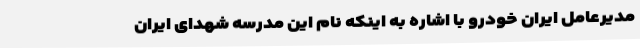
مدیرعامل ایران خودرو با اشاره به اینکه نام این مدرسه شهدای ایران